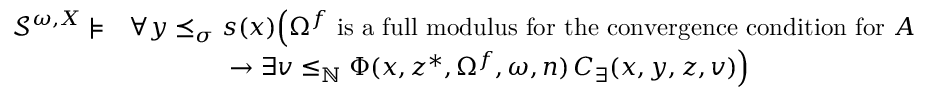
\begin{array} { r l } { \mathcal { S } ^ { \omega , X } \models } & { \forall y \preceq _ { \sigma } s ( x ) \Big ( \Omega ^ { f } \mathrm { ~ i s ~ a ~ f u l l ~ m o d u l u s ~ f o r ~ t h e ~ c o n v e r g e n c e ~ c o n d i t i o n ~ f o r ~ } A } \\ & { \qquad \qquad \rightarrow \exists v \leq _ { \mathbb { N } } \Phi ( x , z ^ { * } , \Omega ^ { f } , \omega , n ) \, C _ { \exists } ( x , y , z , v ) \Big ) } \end{array}